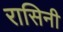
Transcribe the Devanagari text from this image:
रासिनी